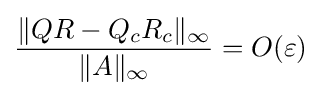
{\frac {\|QR-Q_{c}R_{c}\|_{\infty }}{\|A\|_{\infty }}}=O(\varepsilon )